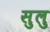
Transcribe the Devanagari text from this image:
सुलु